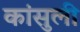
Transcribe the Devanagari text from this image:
कांसुली